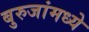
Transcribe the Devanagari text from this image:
बुरुजांमध्ये